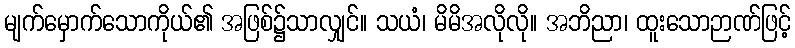
မျက်မှောက်သောကိုယ်၏ အဖြစ်၌သာလျှင်။ သယံ၊ မိမိအလိုလို။ အဘိညာ၊ ထူးသောဉာဏ်ဖြင့်